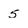
Character: 5